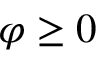
\varphi \ge 0